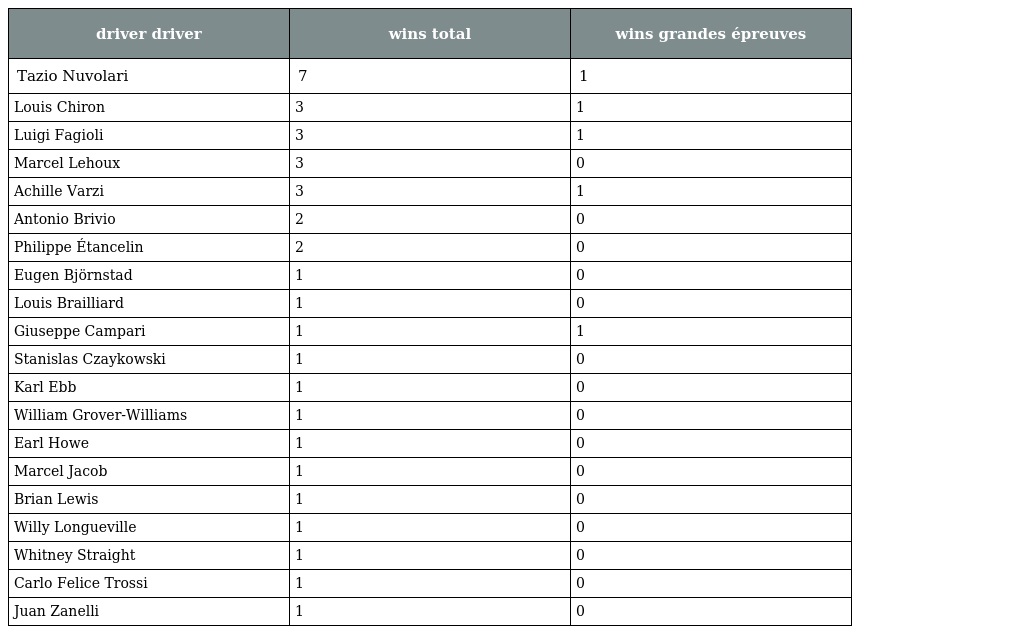
| driver driver | wins total | wins grandes épreuves |
 | --- | --- | --- |
 | Tazio Nuvolari | 7 | 1 |
 | Louis Chiron | 3 | 1 |
 | Luigi Fagioli | 3 | 1 |
 | Marcel Lehoux | 3 | 0 |
 | Achille Varzi | 3 | 1 |
 | Antonio Brivio | 2 | 0 |
 | Philippe Étancelin | 2 | 0 |
 | Eugen Björnstad | 1 | 0 |
 | Louis Brailliard | 1 | 0 |
 | Giuseppe Campari | 1 | 1 |
 | Stanislas Czaykowski | 1 | 0 |
 | Karl Ebb | 1 | 0 |
 | William Grover-Williams | 1 | 0 |
 | Earl Howe | 1 | 0 |
 | Marcel Jacob | 1 | 0 |
 | Brian Lewis | 1 | 0 |
 | Willy Longueville | 1 | 0 |
 | Whitney Straight | 1 | 0 |
 | Carlo Felice Trossi | 1 | 0 |
 | Juan Zanelli | 1 | 0 |